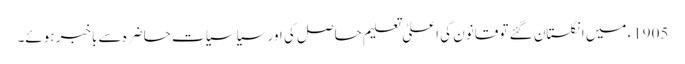
1905ء میں انگلستان گئے تو قانون کی اعلیٰ تعلیم حاصل کی اور سیاسیات حاضرہ سے باخبر ہوئے۔